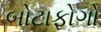
બોટાફોગો